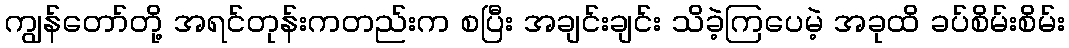
ကျွန်တော်တို့ အရင်တုန်းကတည်းက စပြီး အချင်းချင်း သိခဲ့ကြပေမဲ့ အခုထိ ခပ်စိမ်းစိမ်း